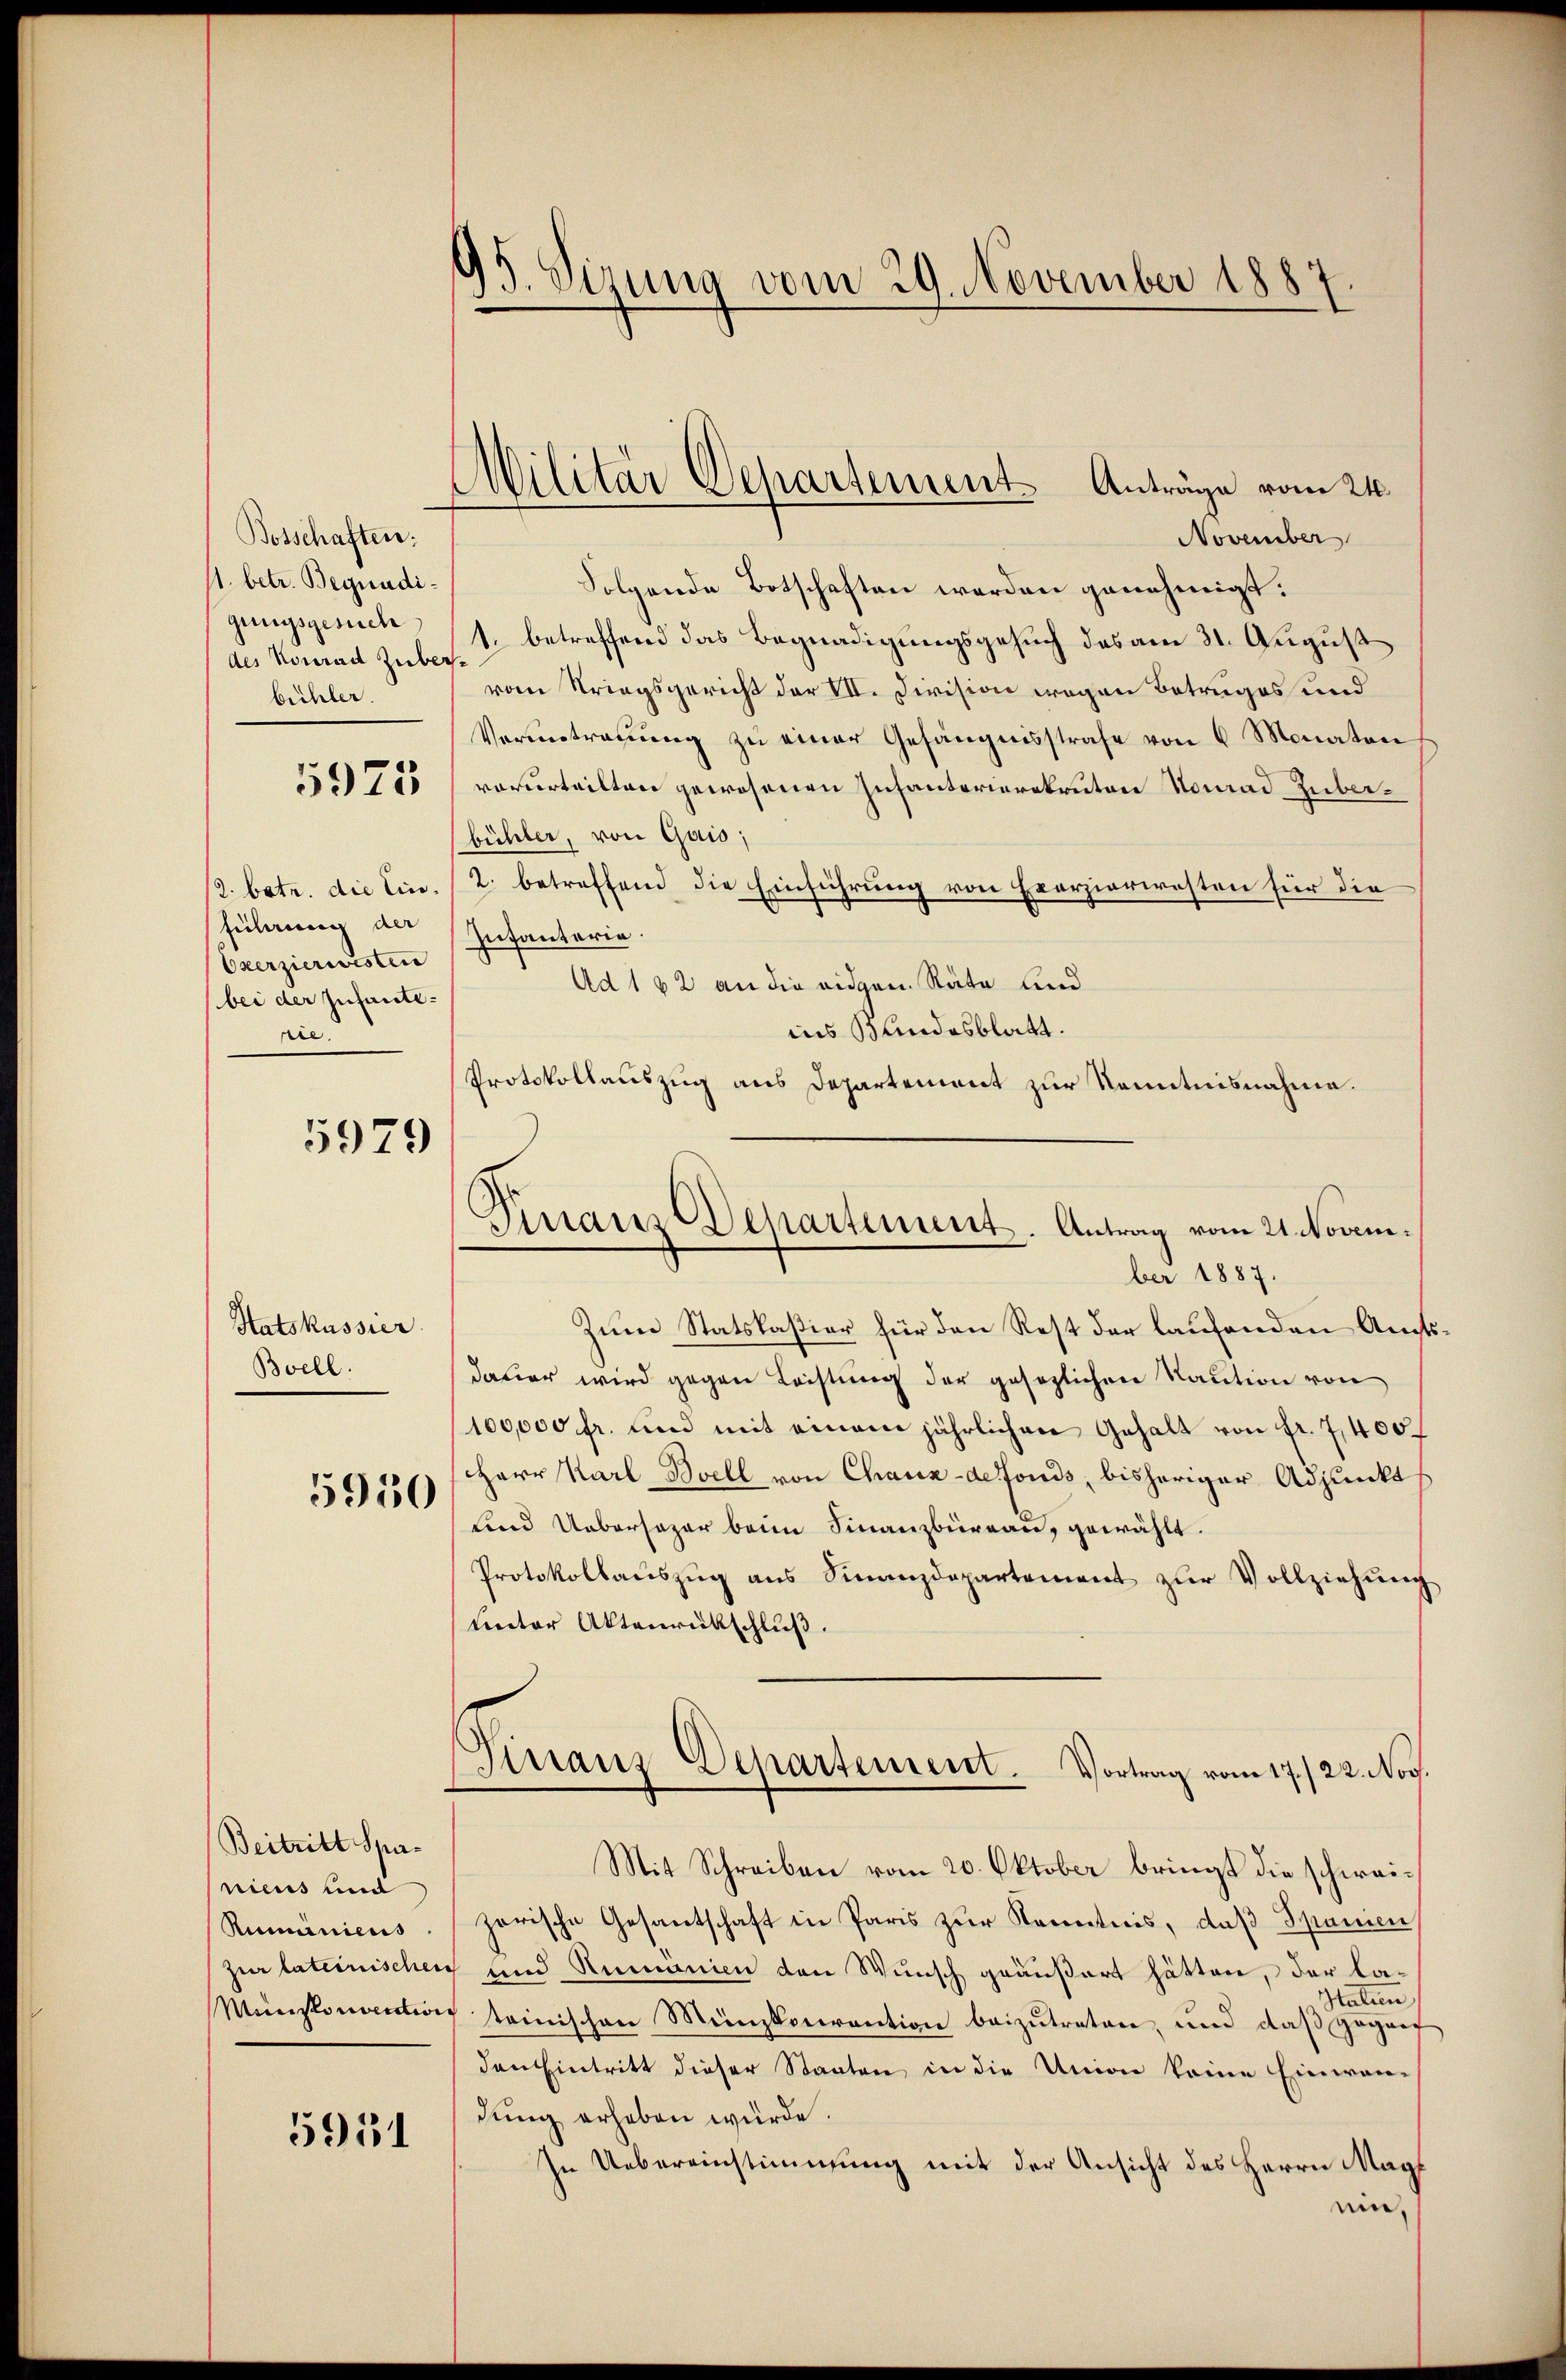
Bosschaften.
11. betr. Begnadigenugsgesuch
des Konrad Zuber.
büchler.

5979

führung der
Oxerziereisten
bei der Infante-
rie.

Satskassier
Bvell.

5950

Beitritt Spanicus und
Ruminiens
Münstonvention

5951

95. Sizung vom 29. November 1887.

November
Folgende Botschaften werden genehmigt.
1. betreffend das Begnadigungsgesuch des am 31. August
vom Kriegsgericht der VII. Division wegen Betruges und
Voruntreuung zu einer Gefängnisstrafe von 6 Monaten
ris, verurteilten gewesenen Infanterierekruten Konrad Zuberbühler, von Gais;
2. betr. die lin. 2. betreffend die Einführung von Exerziariesten für die
Infanterie.
Ad 142 an die eidgen. Räte und
ins Bundesblatt.
Protokollauszug aus Departement zur Kenntnisnahme.

Militär Departement Anträge vom 24.

Granz Departement. Antrag vom 21. November 1887.

Zum Statskaßier für den Rest der laufenden Aufsdauer wird gegen Leistung der gesezlichen Kaution von
100,000 fr. und mit einem jährlichen Gehalt von fr. 7,400
Herr Karl Boell von Chaux-defonds, bisheriger Adjunkt
und Uebersager beim Finanzbüreau, gewählt.
Protokollauszug aus Finanzdepartement zur Vollziehung
unter Aktenrückschluß.
Ginanz-Departement. Vortrag vom 17./22. Nov.
Mit Schreiben vom 20. Oktober bringt die schweizerische Gesantschaft in Paris zur Kenntnis, daß Spanien
zur lateinischen und Rumanien den Wunsch geäußert hätten, der la¬
Italien
 steinischen Münzkourention beizutreten, und daß gegent
den Eintritt dieser Staaten in die Union keine Einwan-
dung erheben würde.
In Uebereinstimmung mit der Ansicht des Herrn Mag
ein.